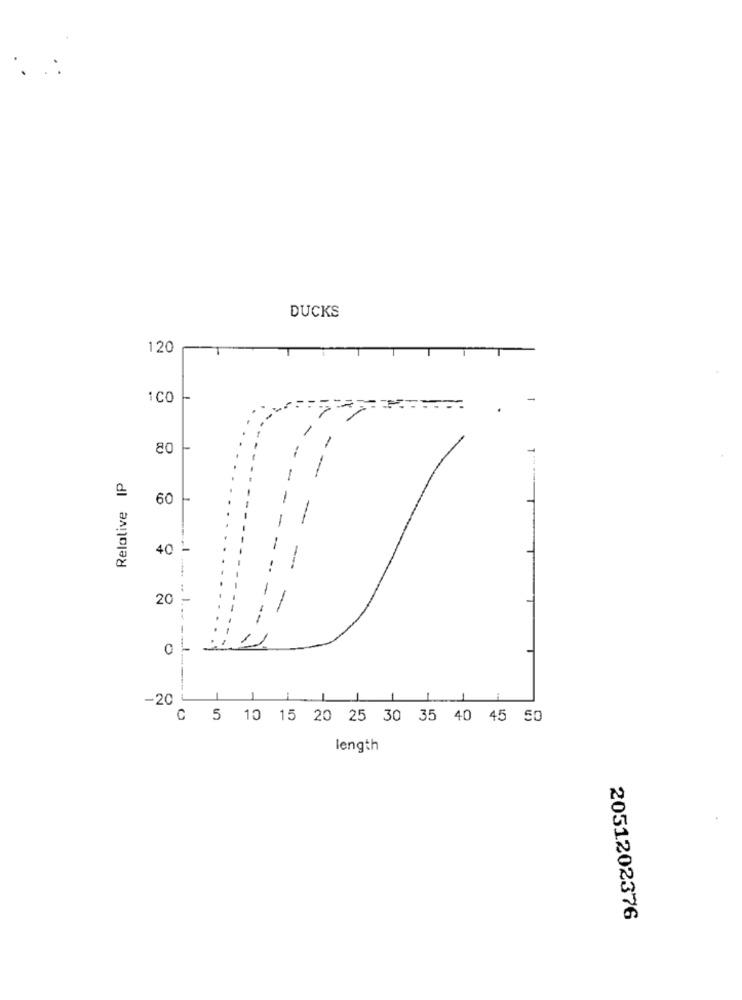
DUCKS
120
:CO
-
-
80
-
Relative IP
-
60
-
-
40 -
-
-
-
20
0
-------
-20
1
1
C 5 10 15 20 25 30 35 40 45 50
length
2051202376